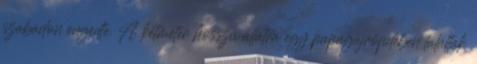
szabadon engedte. A kétméter hosszú állatra egy papagájröpdében találtak